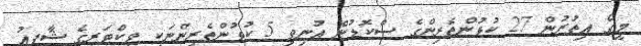
މީގެ އިތުރުން 27 ކުޅުންތެރިންގެ ސްކޮޑުން އުނިވި 5 ކުޅުންތެރިންނަކީ ވިކްޓަރީގެ ޝާފިއު